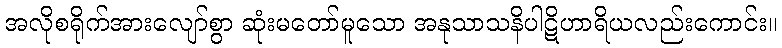
အလိုစရိုက်အားလျော်စွာ ဆုံးမတော်မူသော အနုသာသနိပါဋိဟာရိယလည်းကောင်း။